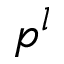
p ^ { l }